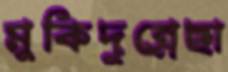
মুকিদুন্নেছা